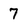
Character: 7